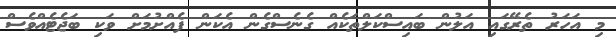
މި އަހަރު ތެރޭގައި އަލުން ބައިސްކަލްތަކެއް ގެނެސްގެން އެކަން ފެއްށުމަށް ވަކި ބަޖެޓެއްވެސް